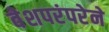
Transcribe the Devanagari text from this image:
वेशपरंपरेने